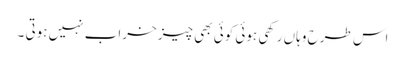
اس طرح وہاں رکھی ہوئی کوئی بھی چیز خراب نہیں ہوتی ۔